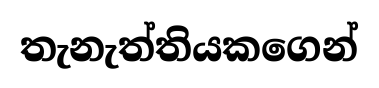
තැනැත්තියකගෙන්